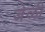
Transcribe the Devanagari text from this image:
जेळी